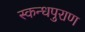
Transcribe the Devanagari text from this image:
स्कन्धपुराण